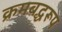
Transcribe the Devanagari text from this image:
क्रमबद्धरूप